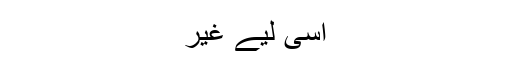
اسی لیے غیر